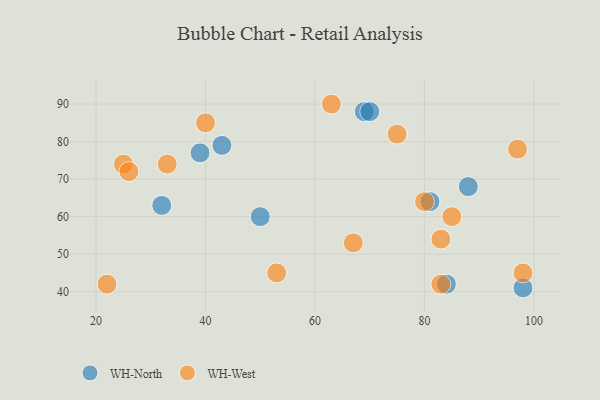
{"axis": {"x": "GDP", "y": "Life Expectancy"}, "legend": ["WH-North", "WH-West"], "data": [{"x": "50", "y": 60, "type": "WH-North"}, {"x": "69", "y": 88, "type": "WH-North"}, {"x": "70", "y": 88, "type": "WH-North"}, {"x": "84", "y": 42, "type": "WH-North"}, {"x": "88", "y": 68, "type": "WH-North"}, {"x": "81", "y": 64, "type": "WH-North"}, {"x": "43", "y": 79, "type": "WH-North"}, {"x": "39", "y": 77, "type": "WH-North"}, {"x": "98", "y": 41, "type": "WH-North"}, {"x": "32", "y": 63, "type": "WH-North"}, {"x": "97", "y": 78, "type": "WH-West"}, {"x": "53", "y": 45, "type": "WH-West"}, {"x": "33", "y": 74, "type": "WH-West"}, {"x": "80", "y": 64, "type": "WH-West"}, {"x": "85", "y": 60, "type": "WH-West"}, {"x": "25", "y": 74, "type": "WH-West"}, {"x": "67", "y": 53, "type": "WH-West"}, {"x": "83", "y": 54, "type": "WH-West"}, {"x": "63", "y": 90, "type": "WH-West"}, {"x": "98", "y": 45, "type": "WH-West"}, {"x": "40", "y": 85, "type": "WH-West"}, {"x": "83", "y": 42, "type": "WH-West"}, {"x": "26", "y": 72, "type": "WH-West"}, {"x": "75", "y": 82, "type": "WH-West"}, {"x": "22", "y": 42, "type": "WH-West"}]}